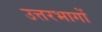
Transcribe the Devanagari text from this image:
उत्तरभागों